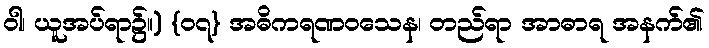
ဝါ၊ ယူအပ်ရာ၌။) {၀၇} အဓိကရဏဝသေန၊ တည်ရာ အာဓာရ အနက်၏